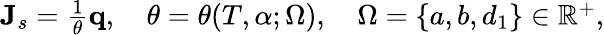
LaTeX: \begin{array}{r}{\mathbf{J}_{s}=\frac{1}{\theta}\mathbf q,\quad\theta=\theta(T,\alpha;\Omega),\quad\Omega=\{ a,b,d_{1}\} \in\mathbb{R}^{+},}\end{array}